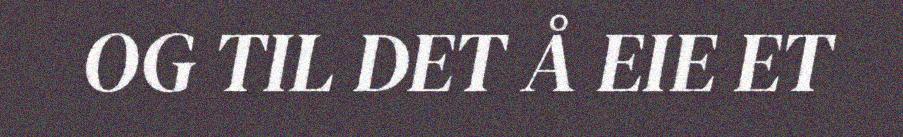
OG TIL DET Å EIE ET